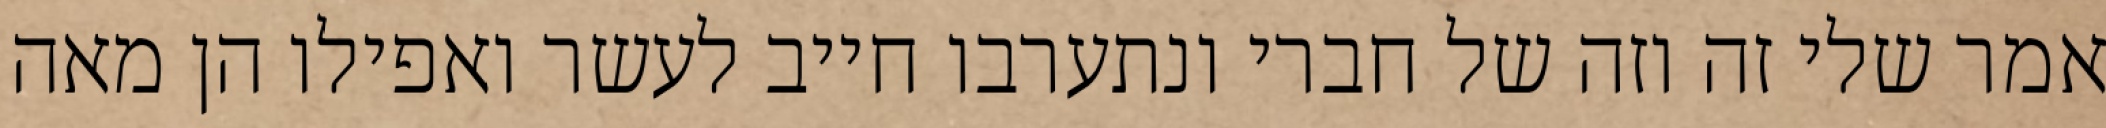
אמר שלי זה וזה של חברי ונתערבו חייב לעשר ואפילו הן מאה